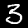
Digit: 3